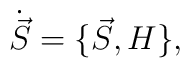
\dot{\vec S} = \{\vec S, H\},